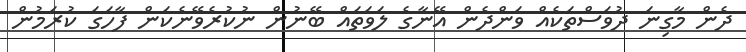
ދެން މާގިނަ ދުވަސްތަކެއް ވަންދެން އޭނާގެ ލަވަތައް ބޭނުން ނުކުރެވޭނެކަން ފާހަގަ ކުރަމުން